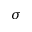
\sigma